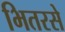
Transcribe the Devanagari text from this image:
भितरसे